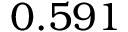
0 . 5 9 1